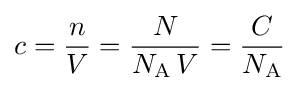
c={\frac {n}{V}}={\frac {N}{N_{\text{A}}\,V}}={\frac {C}{N_{\text{A}}}}